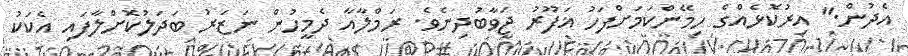
އެދުން." އިރުކޮޅެއްގެ ހިމޭންކަމަށްފަހު ޣަފޫރު ޖަވާބުދިނެވެ. ރަމްލާއާ ދެމީހުން ނަޒަރު ބަދަލުކޮށްލާފައި އެކަކު